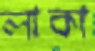
লাকা